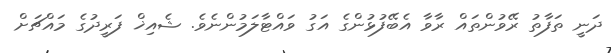
ދަނީ ތަފާތު ރޭވުންތައް ރާވާ އެބޭފުޅުންގެ އަގު ވައްޓާލަމުންނެވެ. ޝެއިޚް ފަރީދުގެ މައްޗަށް